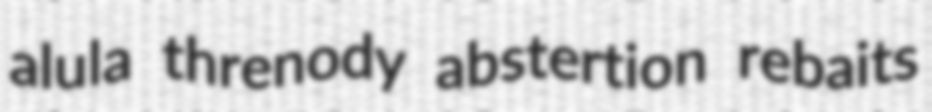
alula threnody abstertion rebaits